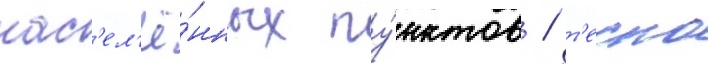
нас'ел'ё́нных пу́нктов / т'есно